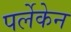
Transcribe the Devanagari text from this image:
पर्लेकेन